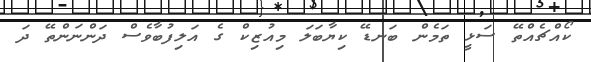
ކޯއްޗެއްތޭ ސަޅީ ތަމެން ބަނޑޭ ކިޔާބަލަ މިއުޒިކް ގެ އަލިފުބާވެސް ދަންނަންތޭ ދަ